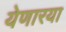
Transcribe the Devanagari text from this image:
येणारया